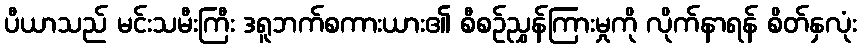
ပီယာသည် မင်းသမီးကြီး ဒရူဘက်စကားယား၏ စီစဉ်ညွှန်ကြားမှုကို လိုက်နာရန် စိတ်နှလုံး